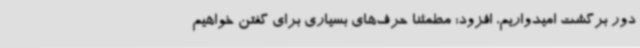
دور برگشت امیدواریم، افزود: مطمئنا حرف‌های بسیاری برای گفتن خواهیم